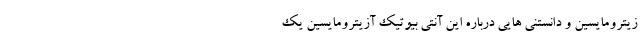
زیترومایسین و دانستنی هایی درباره این آنتی بیوتیک آزیترومایسین یک